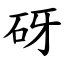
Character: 砑